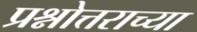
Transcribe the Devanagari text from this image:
प्रश्नोत्तराच्या